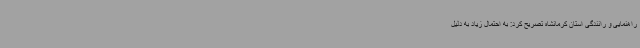
راهنمایی و رانندگی استان کرمانشاه تصریح کرد: به احتمال زیاد به دلیل